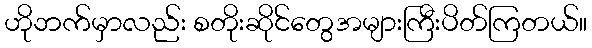
ဟိုဘက်မှာလည်း စတိုးဆိုင်တွေအများကြီးပိတ်ကြတယ်။